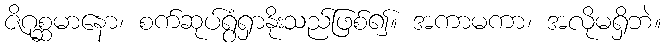
ဇိဂုစ္ဆမာနော၊ စက်ဆုပ်ရွံရှာနိုးသည်ဖြစ်၍။ အကာမကာ၊ အလိုမရှိဘဲ။